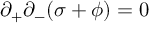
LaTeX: \partial _ { + } \partial _ { - } ( \sigma + \phi ) = 0